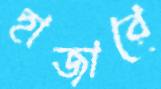
হাজারে